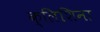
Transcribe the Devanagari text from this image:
क्लिशिना